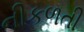
નીકળતી